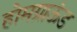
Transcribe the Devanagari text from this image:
होमग्राऊंड